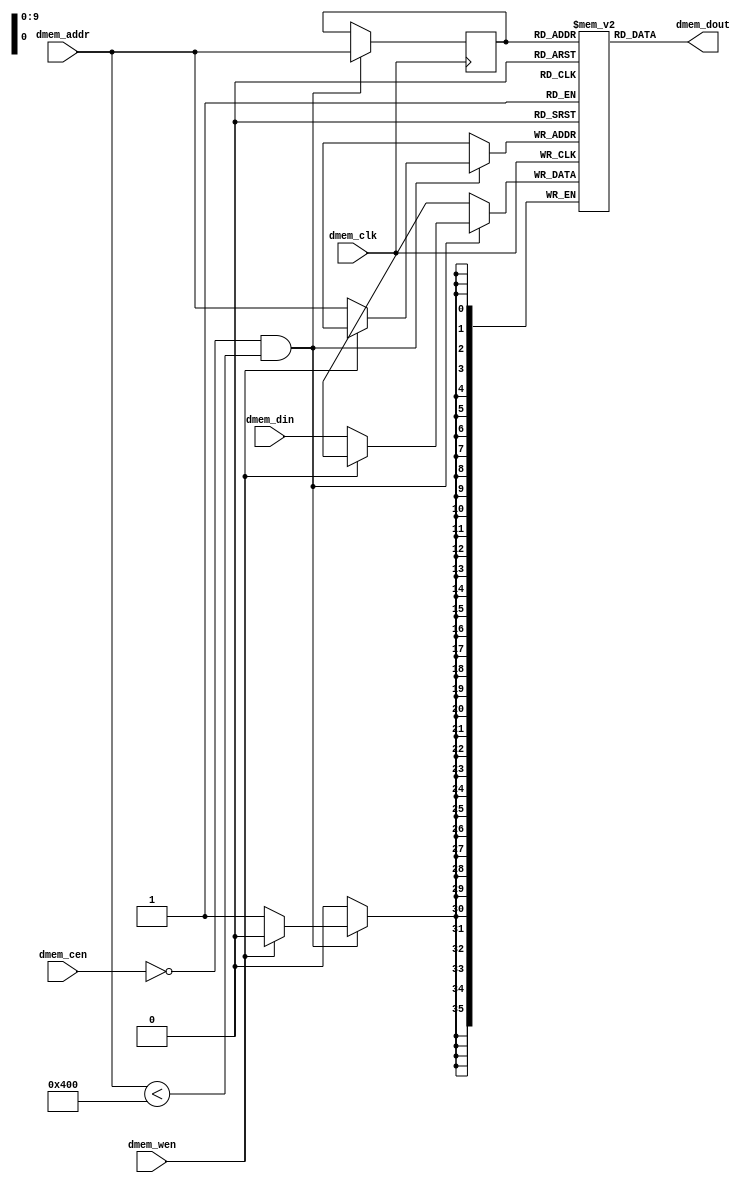
`timescale 1ns / 1ps
//----------------------------------------------------------------------------
// Copyright (C) 2001 Authors
//
// This source file may be used and distributed without restriction provided
// that this copyright statement is not removed from the file and that any
// derivative work contains the original copyright notice and the associated
// disclaimer.
//
// This source file is free software; you can redistribute it and/or modify
// it under the terms of the GNU Lesser General Public License as published
// by the Free Software Foundation; either version 2.1 of the License, or
// (at your option) any later version.
//
// This source is distributed in the hope that it will be useful, but WITHOUT
// ANY WARRANTY; without even the implied warranty of MERCHANTABILITY or
// FITNESS FOR A PARTICULAR PURPOSE. See the GNU Lesser General Public
// License for more details.
//
// You should have received a copy of the GNU Lesser General Public License
// along with this source; if not, write to the Free Software Foundation,
// Inc., 51 Franklin Street, Fifth Floor, Boston, MA  02110-1301  USA
//
//----------------------------------------------------------------------------
// 
// *File Name: dmem.v
// 
// *Module Description:
//                      Scalable dmem model
//
// *Author(s):
//              - Olivier Girard,    olgirard@gmail.com
//
//----------------------------------------------------------------------------
// $Rev: 103 $
// $LastChangedBy: olivier.girard $
// $LastChangedDate: 2011-03-05 15:44:48 +0100 (Sat, 05 Mar 2011) $
//----------------------------------------------------------------------------



module dmem (

// OUTPUTs
    dmem_dout,                      // dmem data output

// INPUTs
    dmem_addr,                      // dmem address
    dmem_cen,                       // dmem chip enable (low active)
    dmem_clk,                       // dmem clock
    dmem_din,                       // dmem data input
    dmem_wen                        // dmem write enable (low active)
);

// PARAMETERs
//============
parameter ADDR_MSB   =  9;         // MSB of the address bus
parameter MEM_SIZE   =  2048;       // Memory size in bytes

// OUTPUTs
//============
output    [35:0] dmem_dout;       // dmem data output

// INPUTs
//============
input [ADDR_MSB:0] dmem_addr;       // dmem address
input              dmem_cen;        // dmem chip enable 
input              dmem_clk;        // dmem clock
input       [35:0] dmem_din;        // dmem data input
input              dmem_wen;        // dmem write enable 


// dmem
//============

reg         [35:0] mem [0:(MEM_SIZE/2)-1];
reg   [ADDR_MSB:0] dmem_addr_reg;

wire        [35:0] mem_val = mem[dmem_addr];
   
  
always @(posedge dmem_clk)
  if (~dmem_cen & dmem_addr<(MEM_SIZE/2))
    begin
    if      (dmem_wen==1'b0) mem[dmem_addr]<=dmem_din;
    //  else if (dmem_wen==1'b1) dmem_dout<=mem[dmem_addr];


  /*  if      (dmem_wen==2'b00) mem[dmem_addr] <= dmem_din;
      else if (dmem_wen==2'b01) mem[dmem_addr] <= {dmem_din[15:8], mem_val[7:0]};
      else if (dmem_wen==2'b10) mem[dmem_addr] <= {mem_val[15:8], dmem_din[7:0]};*/
      dmem_addr_reg <= dmem_addr;
    end

assign dmem_dout = mem[dmem_addr_reg];
     
  


endmodule // dmem